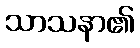
သာသနာ၏